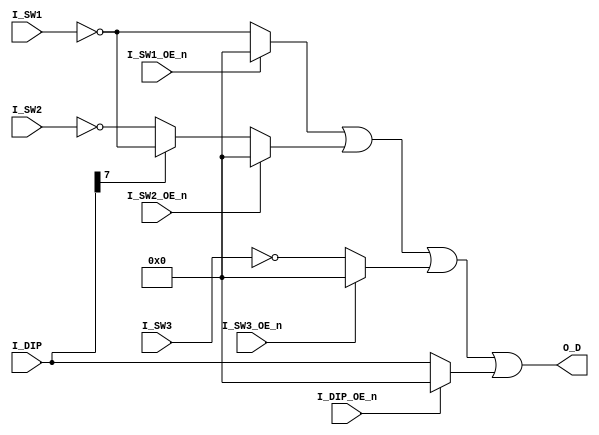
//===============================================================================
//
// Modified for Donkey Kong Junior by gaz68.
//
// FPGA DONKEY KONG  INPORT
//
// Version : 1.00
//
// Copyright(c) 2003 - 2004 Katsumi Degawa , All rights reserved
//
// Important !
//
// This program is freeware for non-commercial use. 
// An author does no guarantee about this program.
// You can use this under your own risk.
//
//================================================================================



module dkongjr_inport(

//  input
I_SW1,
I_SW2,
I_SW3,
I_DIP,
//  enable
I_SW1_OE_n,
I_SW2_OE_n,
I_SW3_OE_n,
I_DIP_OE_n,
//  output
O_D

);

//                       B0      B1      B2      B3      B4      B5      B6      B7
//-----------------------------------------------------------------------------------
//7C00(R)   sw1(MAIN)   RIGHT   LEFT     UP     DOWN    JUMP   
//7C80(R)   sw2(SUB)    RIGHT   LEFT     UP     DOWN    JUMP
//7D00(R)   sw3(    )                    1P      2P                             COIN
//7D80(R)   DIP       
//        JUMPMAN  3      0       0
//                 4      1       0
//                 5      0       1
//                 6      1       1
//        BONUS 10000                     0       0
//              15000                     1       0
//              20000                     0       1                     
//              25000                     1       1
//        COIN    1/1                                      0      0      0
//                1/2                                      0      1      0
//	               1/3                                      0      0      1
//                1/4                                      0      1      1
//                2/1                                      1      0      0
//                3/1                                      1      1      0
//                4/1                                      1      0      1
//                5/1                                      1      1      1
//        Table                                                                  0
//        Upright                                                                1
//  
input  [7:0]I_SW1,I_SW2,I_SW3,I_DIP;
input  I_SW1_OE_n,I_SW2_OE_n,I_SW3_OE_n,I_DIP_OE_n;   //   Active  LOW
output [7:0]O_D;

wire   [7:0]W_SW1 = I_SW1_OE_n ?  8'h00: ~I_SW1;
wire   [7:0]W_SW2 = I_SW2_OE_n ?  8'h00: !I_DIP[7] ? ~I_SW2 : ~I_SW1;
wire   [7:0]W_SW3 = I_SW3_OE_n ?  8'h00: ~I_SW3;
wire   [7:0]W_DIP = I_DIP_OE_n ?  8'h00:  I_DIP;


assign  O_D = W_SW1 | W_SW2 | W_SW3 | W_DIP;


endmodule